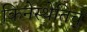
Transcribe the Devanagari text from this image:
किनेस्थेतिच्